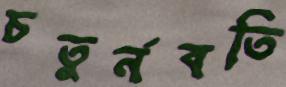
চতুর্নবতি